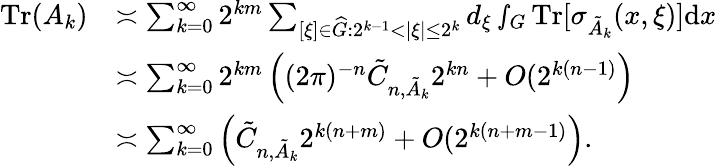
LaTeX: \begin{array}{rl}{\textnormal{Tr}(A_{k})}&{\asymp\sum_{k=0}^{\infty}2^{km}\sum_{[\xi]\in\widehat{G}:2^{k-1}<|\xi|\leq 2^{k}}d_{\xi}\smallint_{G}\textnormal{Tr}[\sigma_{\tilde{A}_{k}}(x,\xi)]\textnormal{d}x}\\ &{\asymp\sum_{k=0}^{\infty}2^{km}\left((2\pi)^{-n}\tilde{C}_{n,\tilde{A}_{k}}2^{kn}+O(2^{k(n-1)}\right)}\\ &{\asymp\sum_{k=0}^{\infty}\left(\tilde{C}_{n,\tilde{A}_{k}}2^{k(n+m)}+O(2^{k(n+m-1)}\right).}\end{array}